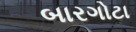
બારગોટા